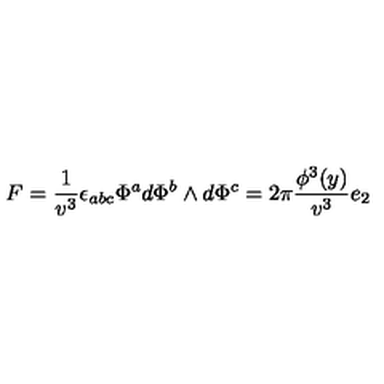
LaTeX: F = \frac 1 { v ^ { 3 } } \epsilon _ { a b c } \Phi ^ { a } d \Phi ^ { b } \wedge d \Phi ^ { c } = 2 \pi \frac { \phi ^ { 3 } ( y ) } { v ^ { 3 } } e _ { 2 }